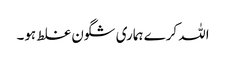
اللہ کرے ہماری شگون غلط ہو۔